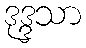
ဒုဒ္ဒသာ